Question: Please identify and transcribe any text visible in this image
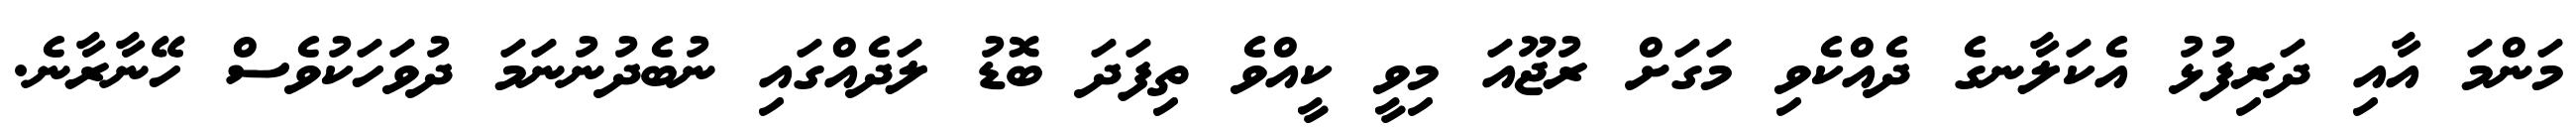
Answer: މަންމަ އާއި ދަރިފުޅު އެކަލާނގެ ދެއްކެވި މަގަށް ރުޖޫއަ މިވީ ކީއްވެ ތިފަދަ ބޮޑު ލަދެއްގައި ނުބެދުނުނަމަ ދުވަހަކުވެސް ހޭނާރާނެ.